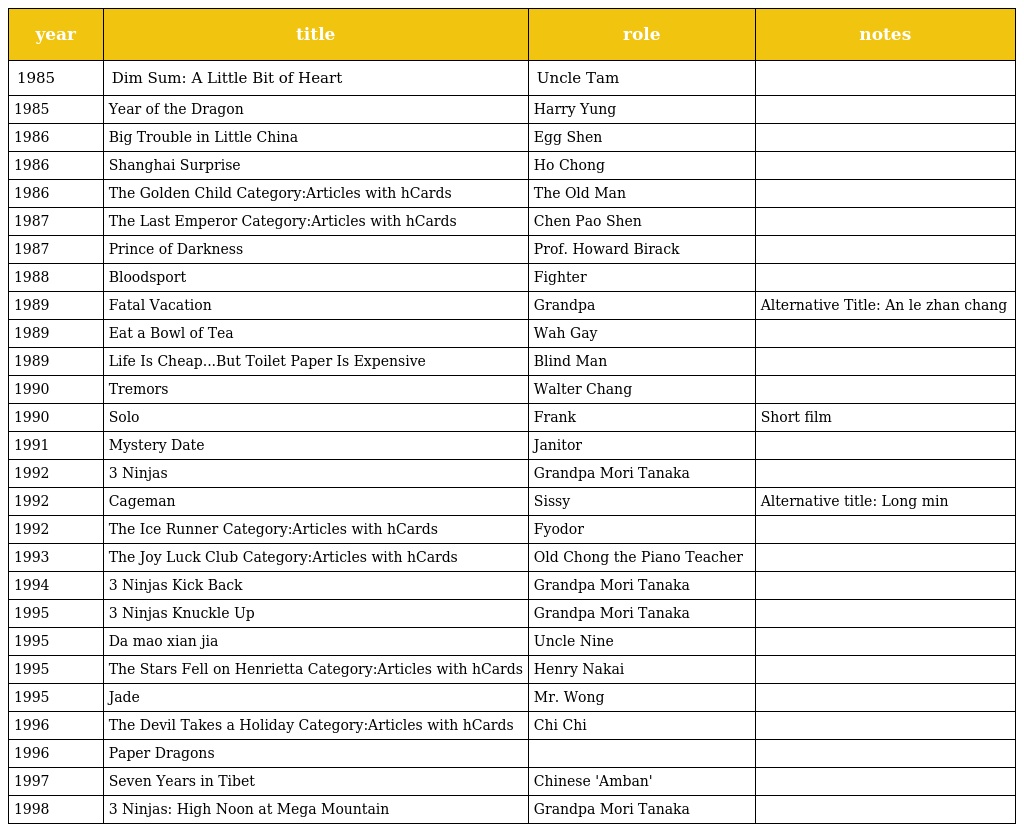
| year | title | role | notes |
 | --- | --- | --- | --- |
 | 1985 | Dim Sum: A Little Bit of Heart | Uncle Tam |  |
 | 1985 | Year of the Dragon | Harry Yung |  |
 | 1986 | Big Trouble in Little China | Egg Shen |  |
 | 1986 | Shanghai Surprise | Ho Chong |  |
 | 1986 | The Golden Child Category:Articles with hCards | The Old Man |  |
 | 1987 | The Last Emperor Category:Articles with hCards | Chen Pao Shen |  |
 | 1987 | Prince of Darkness | Prof. Howard Birack |  |
 | 1988 | Bloodsport | Fighter |  |
 | 1989 | Fatal Vacation | Grandpa | Alternative Title: An le zhan chang |
 | 1989 | Eat a Bowl of Tea | Wah Gay |  |
 | 1989 | Life Is Cheap...But Toilet Paper Is Expensive | Blind Man |  |
 | 1990 | Tremors | Walter Chang |  |
 | 1990 | Solo | Frank | Short film |
 | 1991 | Mystery Date | Janitor |  |
 | 1992 | 3 Ninjas | Grandpa Mori Tanaka |  |
 | 1992 | Cageman | Sissy | Alternative title: Long min |
 | 1992 | The Ice Runner Category:Articles with hCards | Fyodor |  |
 | 1993 | The Joy Luck Club Category:Articles with hCards | Old Chong the Piano Teacher |  |
 | 1994 | 3 Ninjas Kick Back | Grandpa Mori Tanaka |  |
 | 1995 | 3 Ninjas Knuckle Up | Grandpa Mori Tanaka |  |
 | 1995 | Da mao xian jia | Uncle Nine |  |
 | 1995 | The Stars Fell on Henrietta Category:Articles with hCards | Henry Nakai |  |
 | 1995 | Jade | Mr. Wong |  |
 | 1996 | The Devil Takes a Holiday Category:Articles with hCards | Chi Chi |  |
 | 1996 | Paper Dragons |  |  |
 | 1997 | Seven Years in Tibet | Chinese 'Amban' |  |
 | 1998 | 3 Ninjas: High Noon at Mega Mountain | Grandpa Mori Tanaka |  |